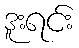
ဒူးရင်း